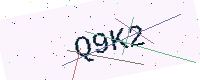
Text: Q9K2